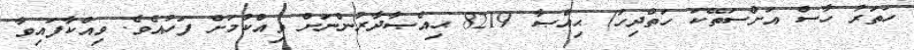
ހަތަރު ހާސް އަށްސަތޭކަ ހަތްދިހަ) ޙިއްޞާ 8219 ޙިއްޞާދާރުންނަށް ވިއްކުމަށް ފަހުއެވެ. ވިއްކާފައިވާ